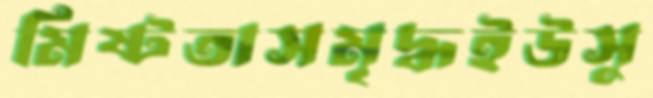
মিষ্টতাসমৃদ্ধইউসু